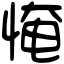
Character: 㤿